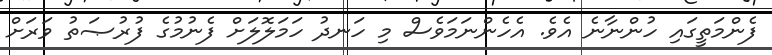
ފެންމަތީގައި ހުންނާނެ އެވެ. އެހެންނަމަވެސް މި ހަނދު ހަމަލޮލަށް ފެނުމުގެ ފުރުޞަތު ވަރަށް